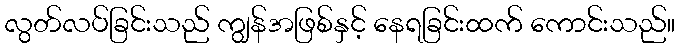
လွတ်လပ်ခြင်းသည် ကျွန်အဖြစ်နှင့် နေရခြင်းထက် ကောင်းသည်။